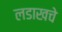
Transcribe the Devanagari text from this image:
लडाखचे